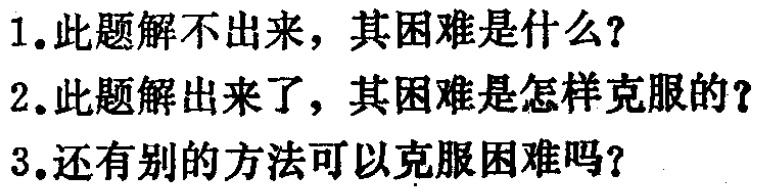
1. 此题解不出来，其困难是什么？
2. 此题解出来了，其困难是怎样克服的？
3. 还有别的方法可以克服困难吗？